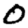
Digit: 0